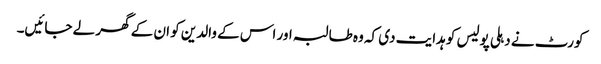
کورٹ نے دہلی پولیس کو ہدایت دی کہ وہ طالبہ اور اس کے والدین کو ان کے گھر لے جائیں۔